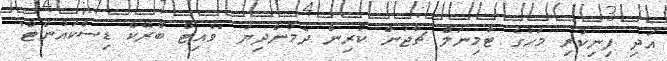
އަދި ފިނިކުރި މަހުގެ ޓާމިނަލް ޗާޖުން ކުރިން ދެމުންދިޔަ "ވެއިޓް ބްރޭކް ޑިސްކައުންޓް"